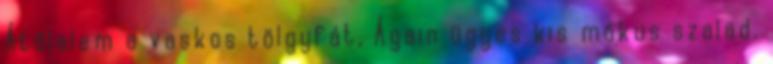
Átölelem a vaskos tölgyfát, Ágain ügyes kis mókus szalad.